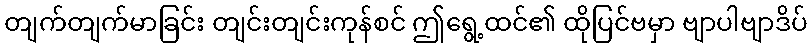
တျက်တျက်မာခြင်း တျင်းတျင်းကုန်စင် ဤရွေ့ထင်၏ ထိုပြင်ဗမှာ ဗျာပါဗျာဒိပ်